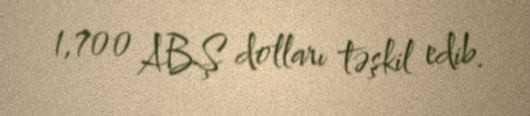
1,700 ABŞ dolları təşkil edib.